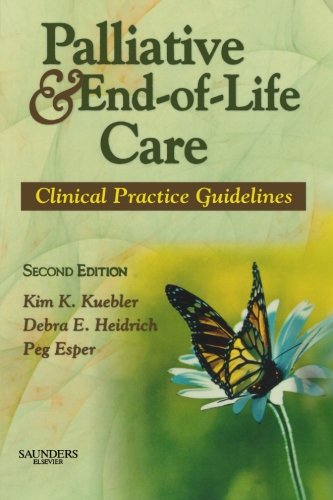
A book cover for Palliative and End-of-Life Care: Clinical Practice Guidelines, 2e; Kim K. Kuebler MN  RN  ANP-CS; Self-Help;